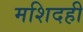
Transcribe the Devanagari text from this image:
मशिदही